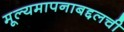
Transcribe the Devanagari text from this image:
मूल्यमापनाबद्दलची